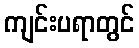
ကျင်းပရာတွင်